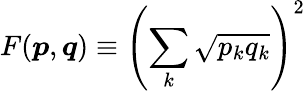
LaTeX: F({\boldsymbol{p}},{\boldsymbol{q}})\equiv\left(\sum_{k}{\sqrt{p_{k}q_{k}}}\right)^{2}